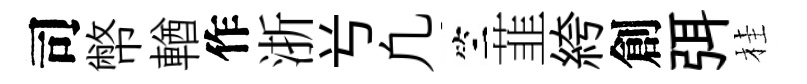
司幣輶作浙𠔃凢竺韮絝創弭桂